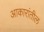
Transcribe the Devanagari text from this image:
आकारांतील